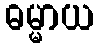
ဓမ္မာယ